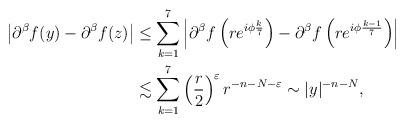
LaTeX: \begin{align*}\left|\partial^\beta f(y)-\partial^\beta f(z)\right|&\leq\sum_{k=1}^7\left|\partial^\beta f\left(re^{i\phi\frac{k}{7}}\right)-\partial^\beta f\left( r e^{i\phi\frac{k-1}{7}}\right)\right|\\&\lesssim\sum_{k=1}^7\left(\frac{r}{2}\right)^{\varepsilon}r^{-n-N-\varepsilon}\sim|y|^{-n-N},\end{align*}